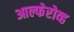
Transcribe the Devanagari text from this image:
आल्फेरोव्ह